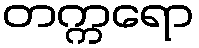
တက္ကရော